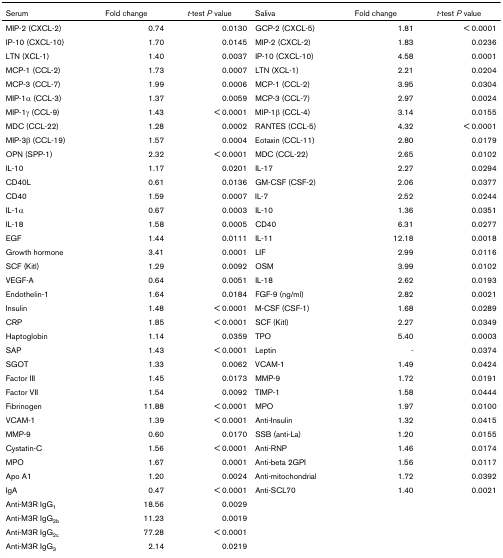
<table><thead><tr><td><b>Serum</b></td><td><b>Fold change</b></td><td><b><i>t</i>-test <i>P </i>value</b></td><td><b>Saliva</b></td><td><b>Fold change</b></td><td><b><i>t</i>-test <i>P </i>value</b></td></tr></thead><tbody><tr><td>MIP-2 (CXCL-2)</td><td>0.74</td><td>0.0130</td><td>GCP-2 (CXCL-5)</td><td>1.81</td><td>&lt; 0.0001</td></tr><tr><td>IP-10 (CXCL-10)</td><td>1.70</td><td>0.0145</td><td>MIP-2 (CXCL-2)</td><td>1.83</td><td>0.0236</td></tr><tr><td>LTN (XCL-1)</td><td>1.40</td><td>0.0037</td><td>IP-10 (CXCL-10)</td><td>4.58</td><td>0.0001</td></tr><tr><td>MCP-1 (CCL-2)</td><td>1.73</td><td>0.0007</td><td>LTN (XCL-1)</td><td>2.21</td><td>0.0204</td></tr><tr><td>MCP-3 (CCL-7)</td><td>1.99</td><td>0.0006</td><td>MCP-1 (CCL-2)</td><td>3.95</td><td>0.0304</td></tr><tr><td>MIP-1α (CCL-3)</td><td>1.37</td><td>0.0059</td><td>MCP-3 (CCL-7)</td><td>2.97</td><td>0.0024</td></tr><tr><td>MIP-1γ (CCL-9)</td><td>1.43</td><td>&lt; 0.0001</td><td>MIP-1β (CCL-4)</td><td>3.14</td><td>0.0155</td></tr><tr><td>MDC (CCL-22)</td><td>1.28</td><td>0.0002</td><td>RANTES (CCL-5)</td><td>4.32</td><td>&lt; 0.0001</td></tr><tr><td>MIP-3β (CCL-19)</td><td>1.57</td><td>0.0004</td><td>Eotaxin (CCL-11)</td><td>2.80</td><td>0.0179</td></tr><tr><td>OPN (SPP-1)</td><td>2.32</td><td>&lt; 0.0001</td><td>MDC (CCL-22)</td><td>2.65</td><td>0.0102</td></tr><tr><td>IL-10</td><td>1.17</td><td>0.0201</td><td>IL-17</td><td>2.27</td><td>0.0294</td></tr><tr><td>CD40L</td><td>0.61</td><td>0.0136</td><td>GM-CSF (CSF-2)</td><td>2.06</td><td>0.0377</td></tr><tr><td>CD40</td><td>1.59</td><td>0.0007</td><td>IL-7</td><td>2.52</td><td>0.0244</td></tr><tr><td>IL-1α</td><td>0.67</td><td>0.0003</td><td>IL-10</td><td>1.36</td><td>0.0351</td></tr><tr><td>IL-18</td><td>1.58</td><td>0.0005</td><td>CD40</td><td>6.31</td><td>0.0277</td></tr><tr><td>EGF</td><td>1.44</td><td>0.0111</td><td>IL-11</td><td>12.18</td><td>0.0018</td></tr><tr><td>Growth hormone</td><td>3.41</td><td>0.0001</td><td>LIF</td><td>2.99</td><td>0.0116</td></tr><tr><td>SCF (Kitl)</td><td>1.29</td><td>0.0092</td><td>OSM</td><td>3.99</td><td>0.0102</td></tr><tr><td>VEGF-A</td><td>0.64</td><td>0.0051</td><td>IL-18</td><td>2.62</td><td>0.0193</td></tr><tr><td>Endothelin-1</td><td>1.64</td><td>0.0184</td><td>FGF-9 (ng/ml)</td><td>2.82</td><td>0.0021</td></tr><tr><td>Insulin</td><td>1.48</td><td>&lt; 0.0001</td><td>M-CSF (CSF-1)</td><td>1.68</td><td>0.0289</td></tr><tr><td>CRP</td><td>1.85</td><td>&lt; 0.0001</td><td>SCF (Kitl)</td><td>2.27</td><td>0.0349</td></tr><tr><td>Haptoglobin</td><td>1.14</td><td>0.0359</td><td>TPO</td><td>5.40</td><td>0.0003</td></tr><tr><td>SAP</td><td>1.43</td><td>&lt; 0.0001</td><td>Leptin</td><td>-</td><td>0.0374</td></tr><tr><td>SGOT</td><td>1.33</td><td>0.0062</td><td>VCAM-1</td><td>1.49</td><td>0.0424</td></tr><tr><td>Factor III</td><td>1.45</td><td>0.0173</td><td>MMP-9</td><td>1.72</td><td>0.0191</td></tr><tr><td>Factor VII</td><td>1.54</td><td>0.0092</td><td>TIMP-1</td><td>1.58</td><td>0.0444</td></tr><tr><td>Fibrinogen</td><td>11.88</td><td>&lt; 0.0001</td><td>MPO</td><td>1.97</td><td>0.0100</td></tr><tr><td>VCAM-1</td><td>1.39</td><td>&lt; 0.0001</td><td>Anti-Insulin</td><td>1.32</td><td>0.0415</td></tr><tr><td>MMP-9</td><td>0.60</td><td>0.0170</td><td>SSB (anti-La)</td><td>1.20</td><td>0.0155</td></tr><tr><td>Cystatin-C</td><td>1.56</td><td>&lt; 0.0001</td><td>Anti-RNP</td><td>1.46</td><td>0.0174</td></tr><tr><td>MPO</td><td>1.67</td><td>0.0001</td><td>Anti-beta 2GPI</td><td>1.56</td><td>0.0117</td></tr><tr><td>Apo A1</td><td>1.20</td><td>0.0024</td><td>Anti-mitochondrial</td><td>1.72</td><td>0.0392</td></tr><tr><td>IgA</td><td>0.47</td><td>&lt; 0.0001</td><td>Anti-SCL70</td><td>1.40</td><td>0.0021</td></tr><tr><td>Anti-M3R IgG<sub>1</sub></td><td>18.56</td><td>0.0029</td><td></td><td></td><td></td></tr><tr><td>Anti-M3R IgG<sub>2b</sub></td><td>11.23</td><td>0.0019</td><td></td><td></td><td></td></tr><tr><td>Anti-M3R IgG<sub>2c</sub></td><td>77.28</td><td>&lt; 0.0001</td><td></td><td></td><td></td></tr><tr><td>Anti-M3R IgG<sub>3</sub></td><td>2.14</td><td>0.0219</td><td></td><td></td><td></td></tr></tbody></table>